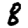
Digit: 8